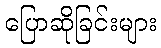
ပြောဆိုခြင်းများ